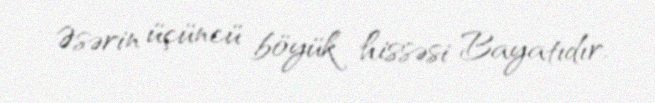
Əsərin üçüncü böyük hissəsi Bayatıdır.